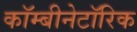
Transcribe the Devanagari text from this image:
कॉम्बीनेटॉरिक